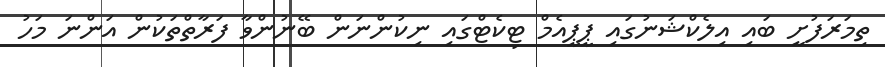
ތިމަރަފުށީ ބައި އިލެކްޝަނުގައި ޕީޕީއެމް ޓިކެޓްގައި ނިކުންނަން ބޭނުންވާ ފަރާތްތަކުން އަންނަ މަހު